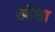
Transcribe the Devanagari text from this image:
खीशा